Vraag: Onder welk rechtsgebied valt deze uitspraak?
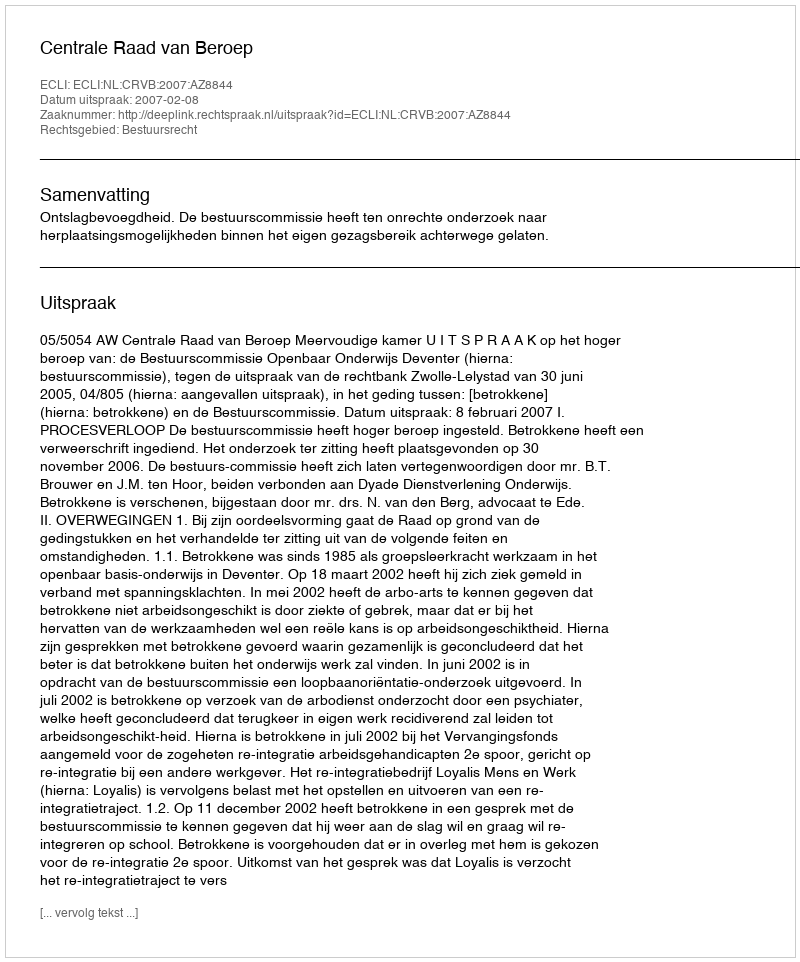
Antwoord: Bestuursrecht